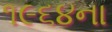
૧૯૬૪ના